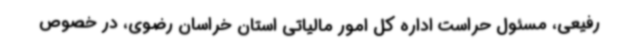
رفیعی، مسئول حراست اداره کل امور مالیاتی استان خراسان رضوی، در خصوص